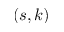
( s , k )